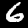
Label: 6